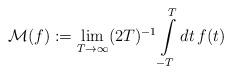
LaTeX: \begin{align*}\mathcal{M}(f):=\lim\limits_{T\to\infty}(2T)^{-1}\int\limits_{-T}^T dt\,f(t)\end{align*}